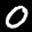
Label: 0